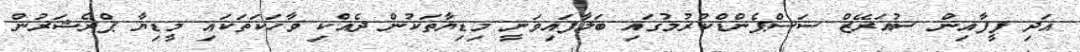
އަދި ފީފާއިން ސުއަރޭޒް ސަސްޕެންޑްކުރުމުގައި ބަލާފައިވަނީ މިޑިޔާތަކުން ދެއްކި ވާހަކަތަކައި މީޑިޔާ ޕްރެޝަރުން